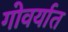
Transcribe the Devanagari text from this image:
गोवर्यात